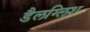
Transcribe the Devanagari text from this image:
डैलग्लिश